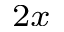
_ { 2 x }